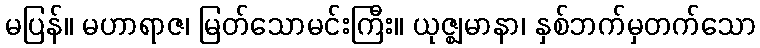
မပြန်။ မဟာရာဇ၊ မြတ်သောမင်းကြီး။ ယုဇ္ဈမာနာ၊ နှစ်ဘက်မှတက်သော